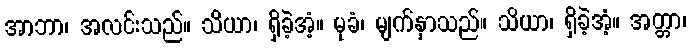
အာဘာ၊ အလင်းသည်။ သိယာ၊ ရှိခဲ့အံ့။ မုခံ၊ မျက်နှာသည်။ သိယာ၊ ရှိခဲ့အံ့။ အတ္တာ၊